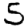
Digit: 5